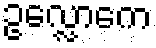
ဥလ္လောကေ